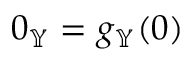
0 _ { \mathbb { Y } } = g _ { \mathbb { Y } } ( 0 )